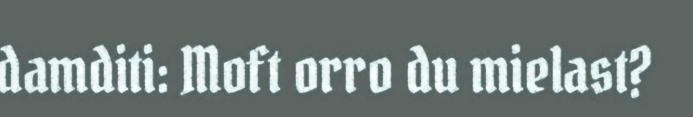
damditi: Moft orro du mielast?